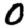
Digit: 0